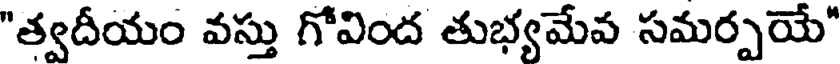
"త్వదీయం వస్తు గోవింద తుభ్యమేవ సమర్పయే"